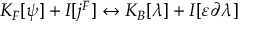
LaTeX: K _ { F } [ \psi ] + I [ j ^ { F } ] \leftrightarrow K _ { B } [ \lambda ] + I [ \varepsilon \partial \lambda ]